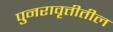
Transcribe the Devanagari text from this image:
पुनरावृत्तीतील